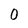
Character: 0